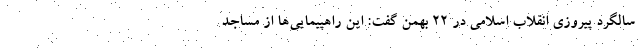
سالگرد پیروزی انقلاب اسلامی در ۲۲ بهمن گفت: این راهپیمایی‌ها از مساجد